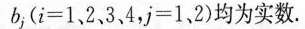
b^{j}($$i = 1 、 2 、 3 、 4$$，$$j = 1 、 2$$)均为实数.